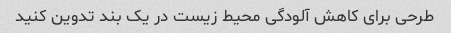
طرحی برای کاهش آلودگی محیط زیست در یک بند تدوین کنید